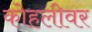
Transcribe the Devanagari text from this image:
कोहलीवर